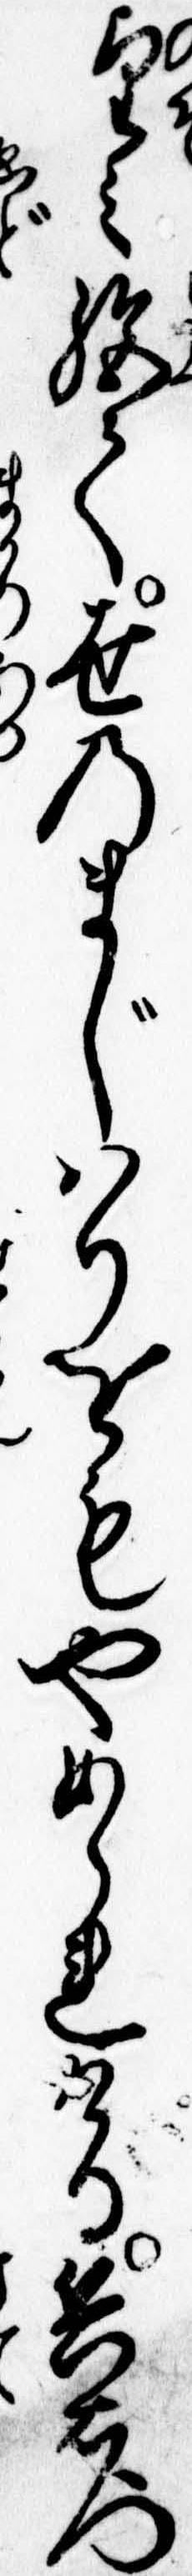
望み絶て世のまじはりをもやめられける兵右門